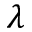
\lambda